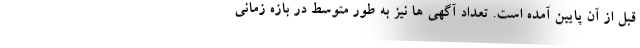
قبل از آن پایین آمده است. تعداد آگهی ها نیز به طور متوسط در بازه زمانی